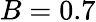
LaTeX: B=0.7